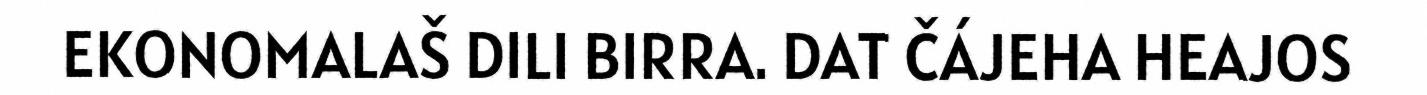
EKONOMALAŠ DILI BIRRA. DAT ČÁJEHA HEAJOS